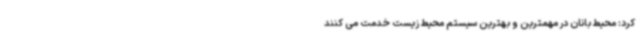
کرد: محیط بانان در مهمترین و بهترین سیستم محیط‌ زیست خدمت می کنند